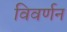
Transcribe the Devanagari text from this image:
विवर्णन